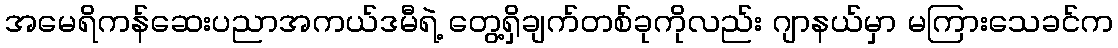
အမေရိကန်ဆေးပညာအကယ်ဒမီရဲ့ တွေ့ရှိချက်တစ်ခုကိုလည်း ဂျာနယ်မှာ မကြားသေခင်က